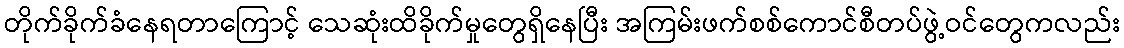
တိုက်ခိုက်ခံနေရတာကြောင့် သေဆုံးထိခိုက်မှုတွေရှိနေပြီး အကြမ်းဖက်စစ်ကောင်စီတပ်ဖွဲ့ဝင်တွေကလည်း